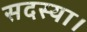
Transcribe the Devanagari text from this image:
सदस्या।